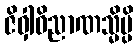
ဇိဝှါဝိညာဏသ္မိမ္ပိ